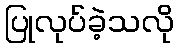
ပြုလုပ်ခဲ့သလို